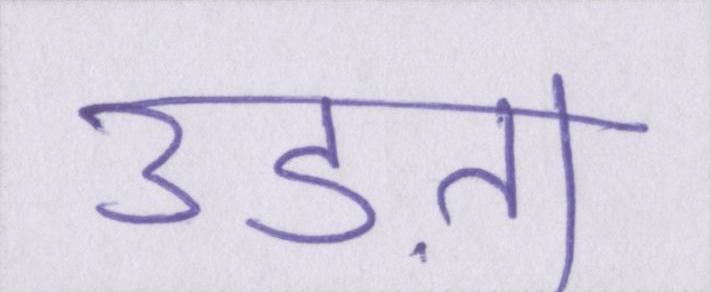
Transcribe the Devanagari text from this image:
उड़ता